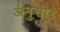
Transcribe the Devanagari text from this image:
अनुसार